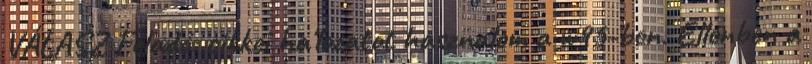
VÁLASZ Feladó: cikkei ha'lozatot hasznalom a w95-ben. Ellenben a